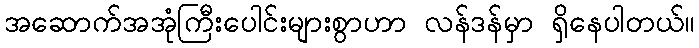
အဆောက်အအုံကြီးပေါင်းများစွာဟာ လန်ဒန်မှာ ရှိနေပါတယ်။